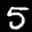
Label: 5